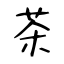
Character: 茶